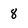
Character: 8